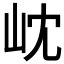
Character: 𭖉